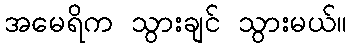
အမေရိက သွားချင် သွားမယ်။